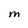
Character: M